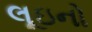
લૂઇનો